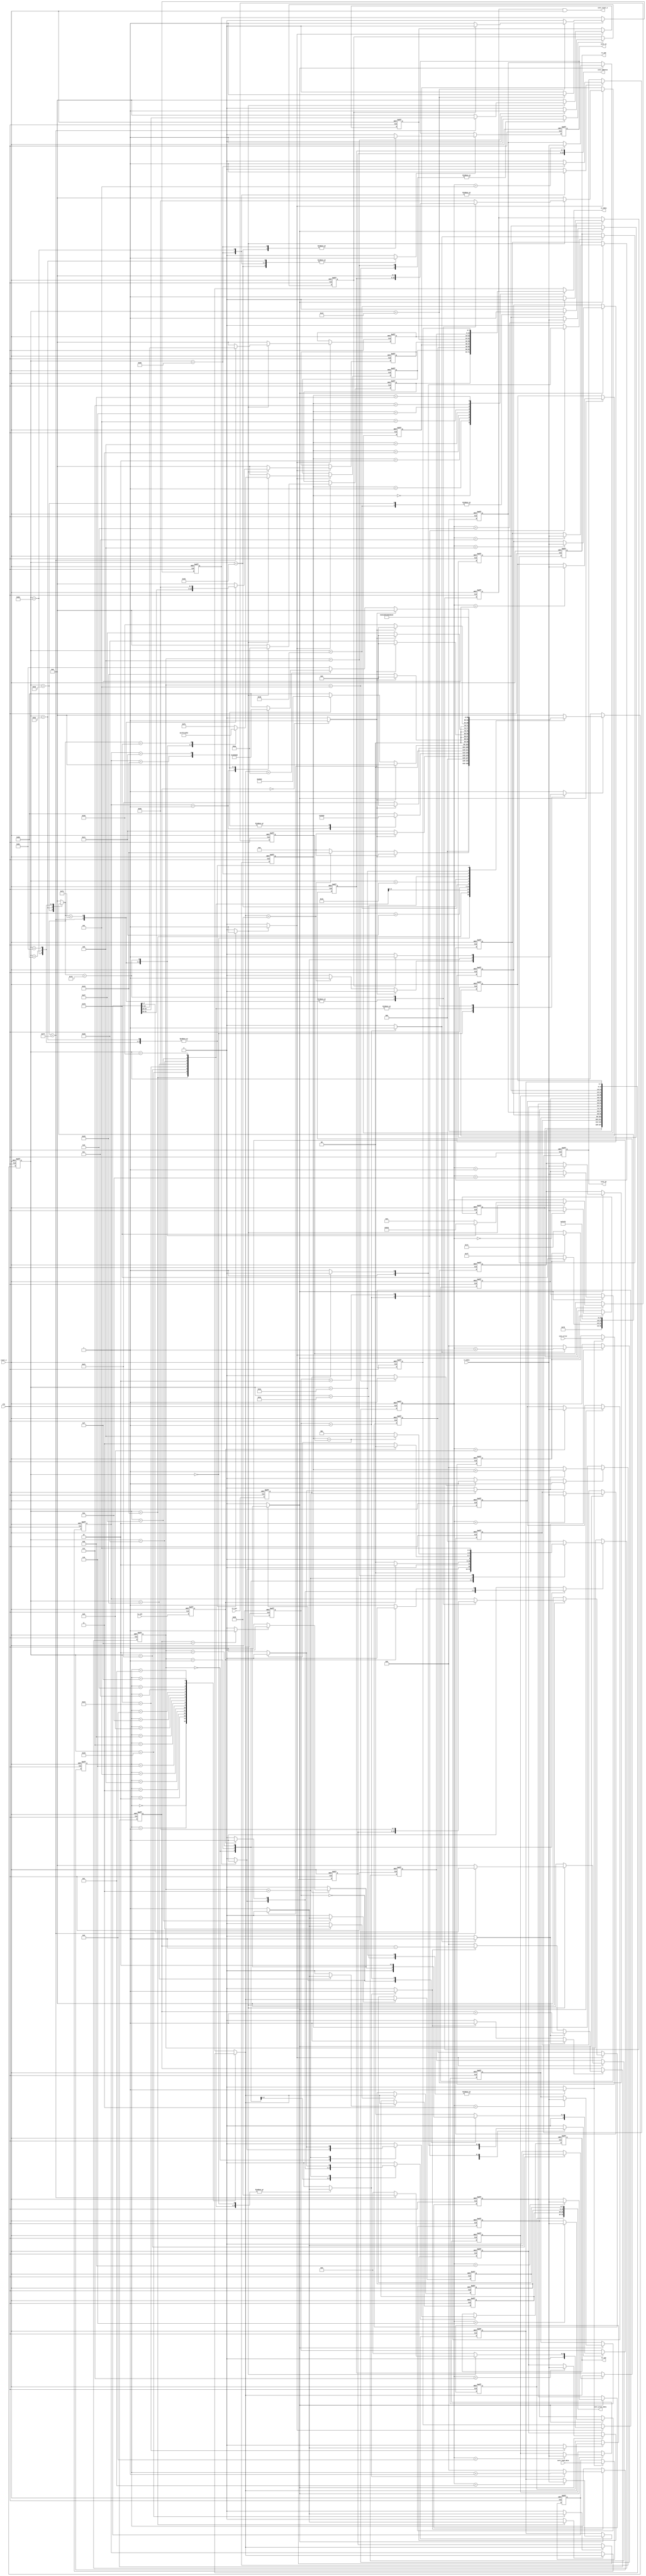
//======================================================================
//
// coretest.v
// ----------
// The Cryptech coretest testing module. Combined with an external
// interface that sends and receives bytes using a SYN-ACK
// handshake and a core to be tested, coretest can parse read
// and write commands needed to test the connected core.
//
//
// Copyright (c) 2013  Secworks Sweden AB
//
// Redistribution and use in source and binary forms, with or
// without modification, are permitted provided that the following
// conditions are met:
//
// 1. Redistributions of source code must retain the above copyright
//    notice, this list of conditions and the following disclaimer.
//
// 2. Redistributions in binary form must reproduce the above copyright
//    notice, this list of conditions and the following disclaimer in
//    the documentation and/or other materials provided with the
//    distribution.
//
// THIS SOFTWARE IS PROVIDED BY THE COPYRIGHT HOLDERS AND CONTRIBUTORS
// "AS IS" AND ANY EXPRESS OR IMPLIED WARRANTIES, INCLUDING, BUT NOT
// LIMITED TO, THE IMPLIED WARRANTIES OF MERCHANTABILITY AND FITNESS
// FOR A PARTICULAR PURPOSE ARE DISCLAIMED. IN NO EVENT SHALL THE
// COPYRIGHT OWNER OR CONTRIBUTORS BE LIABLE FOR ANY DIRECT, INDIRECT,
// INCIDENTAL, SPECIAL, EXEMPLARY, OR CONSEQUENTIAL DAMAGES (INCLUDING,
// BUT NOT LIMITED TO, PROCUREMENT OF SUBSTITUTE GOODS OR SERVICES;
// LOSS OF USE, DATA, OR PROFITS; OR BUSINESS INTERRUPTION) HOWEVER
// CAUSED AND ON ANY THEORY OF LIABILITY, WHETHER IN CONTRACT,
// STRICT LIABILITY, OR TORT (INCLUDING NEGLIGENCE OR OTHERWISE)
// ARISING IN ANY WAY OUT OF THE USE OF THIS SOFTWARE, EVEN IF
// ADVISED OF THE POSSIBILITY OF SUCH DAMAGE.
//
//======================================================================

module coretest(
                input wire           clk,
                input wire           reset_n,

                // Interface to communication core
                input wire           rx_syn,
                input wire [7 : 0]   rx_data,
                output wire          rx_ack,

                output wire          tx_syn,
                output wire [7 : 0]  tx_data,
                input wire           tx_ack,

                // Interface to the core being tested.
                output wire          core_reset_n,
                output wire          core_cs,
                output wire          core_we,
                output wire [15 : 0] core_address,
                output wire [31 : 0] core_write_data,
                input wire  [31 : 0] core_read_data,
                input wire           core_error
               );


  //----------------------------------------------------------------
  // Internal constant and parameter definitions.
  //----------------------------------------------------------------
  // Max elements in read and write buffers.
  parameter BUFFER_MAX = 4'hf;

  // Command constants.
  parameter SOC       = 8'h55;
  parameter EOC       = 8'haa;
  parameter RESET_CMD = 8'h01;
  parameter READ_CMD  = 8'h10;
  parameter WRITE_CMD = 8'h11;

  // Response constants.
  parameter SOR      = 8'haa;
  parameter EOR      = 8'h55;
  parameter UNKNOWN  = 8'hfe;
  parameter ERROR    = 8'hfd;
  parameter READ_OK  = 8'h7f;
  parameter WRITE_OK = 8'h7e;
  parameter RESET_OK = 8'h7d;

  // rx_engine states.
  parameter RX_IDLE  = 3'h0;
  parameter RX_ACK   = 3'h1;
  parameter RX_NSYN  = 3'h2;

  // tx_engine states.
  parameter TX_IDLE  = 3'h0;
  parameter TX_SYN   = 3'h1;
  parameter TX_NOACK = 3'h2;
  parameter TX_NEXT  = 3'h3;
  parameter TX_SENT  = 3'h4;
  parameter TX_DONE  = 3'h5;

  // test_engine states.
  parameter TEST_IDLE          = 8'h00;
  parameter TEST_GET_CMD       = 8'h10;
  parameter TEST_PARSE_CMD     = 8'h11;
  parameter TEST_GET_ADDR0     = 8'h20;
  parameter TEST_GET_ADDR1     = 8'h21;
  parameter TEST_GET_DATA0     = 8'h24;
  parameter TEST_GET_DATA1     = 8'h25;
  parameter TEST_GET_DATA2     = 8'h26;
  parameter TEST_GET_DATA3     = 8'h27;
  parameter TEST_GET_EOC       = 8'h28;
  parameter TEST_RST_START     = 8'h30;
  parameter TEST_RST_WAIT      = 8'h31;
  parameter TEST_RST_END       = 8'h32;
  parameter TEST_RD_START      = 8'h50;
  parameter TEST_RD_WAIT       = 8'h51;
  parameter TEST_RD_END        = 8'h52;
  parameter TEST_WR_START      = 8'h60;
  parameter TEST_WR_WAIT       = 8'h61;
  parameter TEST_WR_END        = 8'h62;
  parameter TEST_CMD_UNKNOWN   = 8'h80;
  parameter TEST_CMD_ERROR     = 8'h81;
  parameter TEST_SEND_RESPONSE = 8'hc0;


  //----------------------------------------------------------------
  // Registers including update variables and write enable.
  //----------------------------------------------------------------
  reg          rx_syn_reg;

  reg          rx_ack_reg;
  reg          rx_ack_new;
  reg          rx_ack_we;

  reg          tx_syn_reg;
  reg          tx_syn_new;
  reg          tx_syn_we;

  reg          tx_ack_reg;

  reg          core_reset_n_reg;
  reg          core_reset_n_new;
  reg          core_reset_n_we;

  reg          core_cs_reg;
  reg          core_cs_new;
  reg          core_cs_we;

  reg          core_we_reg;
  reg          core_we_new;
  reg          core_we_we;

  reg          send_response_reg;
  reg          send_response_new;
  reg          send_response_we;

  reg          response_sent_reg;
  reg          response_sent_new;
  reg          response_sent_we;

  reg [7 : 0]  cmd_reg;
  reg          cmd_we;

  reg [7 : 0]  core_addr_byte0_reg;
  reg          core_addr_byte0_we;
  reg [7 : 0]  core_addr_byte1_reg;
  reg          core_addr_byte1_we;

  reg [7 : 0]  core_wr_data_byte0_reg;
  reg          core_wr_data_byte0_we;
  reg [7 : 0]  core_wr_data_byte1_reg;
  reg          core_wr_data_byte1_we;
  reg [7 : 0]  core_wr_data_byte2_reg;
  reg          core_wr_data_byte2_we;
  reg [7 : 0]  core_wr_data_byte3_reg;
  reg          core_wr_data_byte3_we;

  reg [31 : 0] core_read_data_reg;
  reg          core_error_reg;
  reg          sample_core_output;

  reg [3 : 0]  rx_buffer_rd_ptr_reg;
  reg [3 : 0]  rx_buffer_rd_ptr_new;
  reg          rx_buffer_rd_ptr_we;
  reg          rx_buffer_rd_ptr_inc;

  reg [3 : 0]  rx_buffer_wr_ptr_reg;
  reg [3 : 0]  rx_buffer_wr_ptr_new;
  reg          rx_buffer_wr_ptr_we;
  reg          rx_buffer_wr_ptr_inc;

  reg [3 : 0]  rx_buffer_ctr_reg;
  reg [3 : 0]  rx_buffer_ctr_new;
  reg          rx_buffer_ctr_we;
  reg          rx_buffer_ctr_inc;
  reg          rx_buffer_ctr_dec;
  reg          rx_buffer_full;
  reg          rx_buffer_empty;

  reg [7 : 0]  rx_buffer [0 : 15];
  reg          rx_buffer_we;

  reg [3 : 0]  tx_buffer_ptr_reg;
  reg [3 : 0]  tx_buffer_ptr_new;
  reg          tx_buffer_ptr_we;
  reg          tx_buffer_ptr_inc;
  reg          tx_buffer_ptr_rst;

  reg [7 : 0]  tx_buffer [0 : 8];
  reg          tx_buffer_we;

  reg [3 : 0]  tx_msg_len_reg;
  reg [3 : 0]  tx_msg_len_new;
  reg          tx_msg_len_we;

  reg [2 : 0]  rx_engine_reg;
  reg [2 : 0]  rx_engine_new;
  reg          rx_engine_we;

  reg [2 : 0]  tx_engine_reg;
  reg [2 : 0]  tx_engine_new;
  reg          tx_engine_we;

  reg [7 : 0]  test_engine_reg;
  reg [7 : 0]  test_engine_new;
  reg          test_engine_we;


  //----------------------------------------------------------------
  // Wires.
  //----------------------------------------------------------------
  reg [7 : 0] tx_buffer_muxed0;
  reg [7 : 0] tx_buffer_muxed1;
  reg [7 : 0] tx_buffer_muxed2;
  reg [7 : 0] tx_buffer_muxed3;
  reg [7 : 0] tx_buffer_muxed4;
  reg [7 : 0] tx_buffer_muxed5;
  reg [7 : 0] tx_buffer_muxed6;
  reg [7 : 0] tx_buffer_muxed7;
  reg [7 : 0] tx_buffer_muxed8;

  reg         update_tx_buffer;
  reg [7 : 0] response_type;

  reg [7 : 0] rx_byte;


  //----------------------------------------------------------------
  // Concurrent connectivity for ports etc.
  //----------------------------------------------------------------
  assign rx_ack          = rx_ack_reg;

  assign tx_syn          = tx_syn_reg;
  assign tx_data         = tx_buffer[tx_buffer_ptr_reg];

  assign core_reset_n    = core_reset_n_reg & reset_n;
  assign core_cs         = core_cs_reg;
  assign core_we         = core_we_reg;
  assign core_address    = {core_addr_byte0_reg, core_addr_byte1_reg};
  assign core_write_data = {core_wr_data_byte0_reg, core_wr_data_byte1_reg,
                            core_wr_data_byte2_reg, core_wr_data_byte3_reg};


  //----------------------------------------------------------------
  // reg_update
  // Update functionality for all registers in the core.
  // All registers are positive edge triggered with
  // asynchronous active low reset.
  //----------------------------------------------------------------
  always @ (posedge clk or negedge reset_n)
    begin: reg_update
      if (!reset_n)
        begin
          rx_buffer[0]           <= 8'h00;
          rx_buffer[1]           <= 8'h00;
          rx_buffer[2]           <= 8'h00;
          rx_buffer[3]           <= 8'h00;
          rx_buffer[4]           <= 8'h00;
          rx_buffer[5]           <= 8'h00;
          rx_buffer[6]           <= 8'h00;
          rx_buffer[7]           <= 8'h00;
          rx_buffer[8]           <= 8'h00;
          rx_buffer[9]           <= 8'h00;
          rx_buffer[10]          <= 8'h00;
          rx_buffer[11]          <= 8'h00;
          rx_buffer[12]          <= 8'h00;
          rx_buffer[13]          <= 8'h00;
          rx_buffer[14]          <= 8'h00;
          rx_buffer[15]          <= 8'h00;

          tx_buffer[0]           <= 8'h00;
          tx_buffer[1]           <= 8'h00;
          tx_buffer[2]           <= 8'h00;
          tx_buffer[3]           <= 8'h00;
          tx_buffer[4]           <= 8'h00;
          tx_buffer[5]           <= 8'h00;
          tx_buffer[6]           <= 8'h00;
          tx_buffer[7]           <= 8'h00;
          tx_buffer[8]           <= 8'h00;

          rx_syn_reg             <= 0;
          rx_ack_reg             <= 0;
          tx_ack_reg             <= 0;
          tx_syn_reg             <= 0;

          rx_buffer_rd_ptr_reg   <= 4'h0;
          rx_buffer_wr_ptr_reg   <= 4'h0;
          rx_buffer_ctr_reg      <= 4'h0;

          tx_buffer_ptr_reg      <= 4'h0;
          tx_msg_len_reg         <= 4'h0;

          send_response_reg      <= 0;
          response_sent_reg      <= 0;

          cmd_reg                <= 8'h00;
          core_addr_byte0_reg    <= 8'h00;
          core_addr_byte1_reg    <= 8'h00;
          core_wr_data_byte0_reg <= 8'h00;
          core_wr_data_byte1_reg <= 8'h00;
          core_wr_data_byte2_reg <= 8'h00;
          core_wr_data_byte3_reg <= 8'h00;

          core_reset_n_reg       <= 1;
          core_cs_reg            <= 0;
          core_we_reg            <= 0;
          core_error_reg         <= 0;
          core_read_data_reg     <= 32'h00000000;

          rx_engine_reg          <= RX_IDLE;
          tx_engine_reg          <= TX_IDLE;
          test_engine_reg        <= TEST_IDLE;
        end
      else
        begin
          rx_syn_reg <= rx_syn;
          tx_ack_reg <= tx_ack;

          if (rx_ack_we)
            begin
              rx_ack_reg <= rx_ack_new;
            end

          if (tx_syn_we)
            begin
              tx_syn_reg <= tx_syn_new;
            end

          if (rx_buffer_we)
            begin
              rx_buffer[rx_buffer_wr_ptr_reg] <= rx_data;
            end

          if (tx_buffer_we)
            begin
              tx_buffer[0] <= tx_buffer_muxed0;
              tx_buffer[1] <= tx_buffer_muxed1;
              tx_buffer[2] <= tx_buffer_muxed2;
              tx_buffer[3] <= tx_buffer_muxed3;
              tx_buffer[4] <= tx_buffer_muxed4;
              tx_buffer[5] <= tx_buffer_muxed5;
              tx_buffer[6] <= tx_buffer_muxed6;
              tx_buffer[7] <= tx_buffer_muxed7;
              tx_buffer[8] <= tx_buffer_muxed8;
            end

          if (cmd_we)
            begin
              cmd_reg <= rx_byte;
            end

          if (core_addr_byte0_we)
            begin
              core_addr_byte0_reg <= rx_byte;
            end

          if (core_addr_byte1_we)
            begin
              core_addr_byte1_reg <= rx_byte;
            end

          if (core_wr_data_byte0_we)
            begin
              core_wr_data_byte0_reg <= rx_byte;
            end

          if (core_wr_data_byte1_we)
            begin
              core_wr_data_byte1_reg <= rx_byte;
            end

          if (core_wr_data_byte2_we)
            begin
              core_wr_data_byte2_reg <= rx_byte;
            end

          if (core_wr_data_byte3_we)
            begin
              core_wr_data_byte3_reg <= rx_byte;
            end

          if (rx_buffer_rd_ptr_we)
            begin
              rx_buffer_rd_ptr_reg <= rx_buffer_rd_ptr_new;
            end

          if (rx_buffer_wr_ptr_we)
            begin
              rx_buffer_wr_ptr_reg <= rx_buffer_wr_ptr_new;
            end

          if (rx_buffer_ctr_we)
            begin
              rx_buffer_ctr_reg <= rx_buffer_ctr_new;
            end

          if (tx_buffer_ptr_we)
            begin
              tx_buffer_ptr_reg <= tx_buffer_ptr_new;
            end

          if (tx_msg_len_we)
            begin
              tx_msg_len_reg <= tx_msg_len_new;
            end

          if (core_reset_n_we)
            begin
              core_reset_n_reg <= core_reset_n_new;
            end

          if (core_cs_we)
            begin
              core_cs_reg <= core_cs_new;
            end

          if (core_we_we)
            begin
              core_we_reg <= core_we_new;
            end

          if (send_response_we)
            begin
              send_response_reg <= send_response_new;
            end

          if (response_sent_we)
            begin
              response_sent_reg <= response_sent_new;
            end

          if (sample_core_output)
            begin
              core_error_reg     <= core_error;
              core_read_data_reg <= core_read_data;
            end

          if (rx_engine_we)
            begin
              rx_engine_reg <= rx_engine_new;
            end

          if (tx_engine_we)
            begin
              tx_engine_reg <= tx_engine_new;
            end

          if (test_engine_we)
            begin
              test_engine_reg <= test_engine_new;
            end
        end
    end // reg_update


  //---------------------------------------------------------------
  // read_rx_buffer
  // Combinatinal read mux for the rx_buffer.
  //---------------------------------------------------------------
  always @*
    begin : read_rx_buffer
      rx_byte = rx_buffer[rx_buffer_rd_ptr_reg];
    end // read_rx_buffer


  //---------------------------------------------------------------
  // tx_buffer_logic
  //
  // Update logic for the tx-buffer. Given the response type and
  // the correct contents of the tx_buffer is assembled when
  // and update is signalled by the test engine.
  //---------------------------------------------------------------
  always @*
    begin: tx_buffer_logic
      // Defafult assignments
      tx_buffer_muxed0 = 8'h00;
      tx_buffer_muxed1 = 8'h00;
      tx_buffer_muxed2 = 8'h00;
      tx_buffer_muxed3 = 8'h00;
      tx_buffer_muxed4 = 8'h00;
      tx_buffer_muxed5 = 8'h00;
      tx_buffer_muxed6 = 8'h00;
      tx_buffer_muxed7 = 8'h00;
      tx_buffer_muxed8 = 8'h00;
      tx_msg_len_new   = 4'h0;
      tx_msg_len_we    = 0;
      tx_buffer_we     = 0;

      if (update_tx_buffer)
        begin
          tx_buffer_we = 1;
          tx_buffer_muxed0 = SOR;

          case (response_type)
            READ_OK:
              begin
                tx_buffer_muxed1 = READ_OK;
                tx_buffer_muxed2 = core_addr_byte0_reg;
                tx_buffer_muxed3 = core_addr_byte1_reg;
                tx_buffer_muxed4 = core_read_data_reg[31 : 24];
                tx_buffer_muxed5 = core_read_data_reg[23 : 16];
                tx_buffer_muxed6 = core_read_data_reg[15 :  8];
                tx_buffer_muxed7 = core_read_data_reg[7  :  0];
                tx_buffer_muxed8 = EOR;
                tx_msg_len_new   = 4'h8;
                tx_msg_len_we    = 1;
              end

            WRITE_OK:
              begin
                tx_buffer_muxed1 = WRITE_OK;
                tx_buffer_muxed2 = core_addr_byte0_reg;
                tx_buffer_muxed3 = core_addr_byte1_reg;
                tx_buffer_muxed4 = EOR;
                tx_msg_len_new   = 4'h4;
                tx_msg_len_we    = 1;
              end

            RESET_OK:
              begin
                tx_buffer_muxed1 = RESET_OK;
                tx_buffer_muxed2 = EOR;
                tx_msg_len_new   = 4'h2;
                tx_msg_len_we    = 1;
              end

            ERROR:
              begin
                tx_buffer_muxed1 = ERROR;
                tx_buffer_muxed2 = cmd_reg;
                tx_buffer_muxed3 = EOR;
                tx_msg_len_new   = 4'h3;
                tx_msg_len_we    = 1;
              end

            default:
              begin
                // Any response type not explicitly defined is treated as UNKNOWN.
                tx_buffer_muxed1 = UNKNOWN;
                tx_buffer_muxed2 = cmd_reg;
                tx_buffer_muxed3 = EOR;
                tx_msg_len_new   = 4'h3;
                tx_msg_len_we    = 1;
              end
          endcase // case (response_type)
        end
    end // tx_buffer_logic


  //----------------------------------------------------------------
  // rx_buffer_rd_ptr
  //
  // Logic for the rx buffer read pointer.
  //----------------------------------------------------------------
  always @*
    begin: rx_buffer_rd_ptr
      // Default assignments
      rx_buffer_rd_ptr_new = 4'h0;
      rx_buffer_rd_ptr_we  = 1'b0;
      rx_buffer_ctr_dec    = 0;

      if (rx_buffer_rd_ptr_inc)
        begin
          rx_buffer_ctr_dec    = 1;
          rx_buffer_rd_ptr_new = rx_buffer_rd_ptr_reg + 1'b1;
          rx_buffer_rd_ptr_we  = 1'b1;
        end
    end // rx_buffer_rd_ptr


  //----------------------------------------------------------------
  // rx_buffer_wr_ptr
  //
  // Logic for the rx buffer write pointer.
  //----------------------------------------------------------------
  always @*
    begin: rx_buffer_wr_ptr
      // Default assignments
      rx_buffer_wr_ptr_new = 4'h0;
      rx_buffer_wr_ptr_we  = 1'b0;
      rx_buffer_ctr_inc    = 0;

      if (rx_buffer_wr_ptr_inc)
        begin
          rx_buffer_ctr_inc    = 1;
          rx_buffer_wr_ptr_new = rx_buffer_wr_ptr_reg + 1'b1;
          rx_buffer_wr_ptr_we  = 1'b1;
        end
    end // rx_buffer_wr_ptr


  //----------------------------------------------------------------
  // rx_buffer_ctr
  //
  // Logic for the rx buffer element counter.
  //----------------------------------------------------------------
  always @*
    begin: rx_buffer_ctr
      // Default assignments
      rx_buffer_ctr_new = 4'h0;
      rx_buffer_ctr_we  = 1'b0;
      rx_buffer_empty   = 1'b0;
      rx_buffer_full    = 1'b0;

      if (rx_buffer_ctr_inc)
        begin
          rx_buffer_ctr_new = rx_buffer_ctr_reg + 1'b1;
          rx_buffer_ctr_we  = 1'b1;
        end
      else if (rx_buffer_ctr_dec)
        begin
          rx_buffer_ctr_new = rx_buffer_ctr_reg - 1'b1;
          rx_buffer_ctr_we  = 1'b1;
        end

      if (rx_buffer_ctr_reg == 4'h0)
        begin
          rx_buffer_empty = 1'b1;
        end

      if (rx_buffer_ctr_reg == BUFFER_MAX)
        begin
          rx_buffer_full = 1'b1;
        end
    end // rx_buffer_ctr


  //----------------------------------------------------------------
  // tx_buffer_ptr
  //
  // Logic for the tx buffer pointer. Supports reset and
  // incremental updates.
  //----------------------------------------------------------------
  always @*
    begin: tx_buffer_ptr
      // Default assignments
      tx_buffer_ptr_new = 4'h0;
      tx_buffer_ptr_we  = 1'b0;

      if (tx_buffer_ptr_inc)
        begin
          tx_buffer_ptr_new = tx_buffer_ptr_reg + 1'b1;
          tx_buffer_ptr_we  = 1'b1;
        end

      else if (tx_buffer_ptr_rst)
        begin
          tx_buffer_ptr_new = 4'h0;
          tx_buffer_ptr_we  = 1'b1;
        end
    end // tx_buffer_ptr


  //----------------------------------------------------------------
  // rx_engine
  //
  // FSM responsible for handling receiving message bytes from the
  // host interface and storing them in the receive buffer.
  //----------------------------------------------------------------
  always @*
    begin: rx_engine
      // Default assignments
      rx_ack_new           = 1'b0;
      rx_ack_we            = 1'b0;
      rx_buffer_we         = 1'b0;
      rx_buffer_wr_ptr_inc = 1'b0;
      rx_engine_new        = RX_IDLE;
      rx_engine_we         = 1'b0;

      case (rx_engine_reg)
        RX_IDLE:
          begin
            if (rx_syn_reg)
              begin
                if (!rx_buffer_full)
                  begin
                    rx_buffer_we  = 1'b1;
                    rx_engine_new = RX_ACK;
                    rx_engine_we  = 1'b1;
                  end
              end
          end

        RX_ACK:
          begin
            rx_ack_new           = 1'b1;
            rx_ack_we            = 1'b1;
            rx_buffer_wr_ptr_inc = 1'b1;
            rx_engine_new        = RX_NSYN;
            rx_engine_we         = 1'b1;
          end

        RX_NSYN:
          begin
            if (!rx_syn_reg)
              begin
                rx_ack_new    = 1'b0;
                rx_ack_we     = 1'b1;
                rx_engine_new = RX_IDLE;
                rx_engine_we  = 1;
              end
          end

        default:
          begin

          end
      endcase // case (rx_engine_reg)
    end // rx_engine


  //----------------------------------------------------------------
  // tx_engine
  //
  // FSM responsible for handling transmitting message bytes
  // to the host interface.
  //----------------------------------------------------------------
  always @*
    begin: tx_engine
      // Default assignments
      tx_buffer_ptr_inc = 0;
      tx_buffer_ptr_rst = 0;
      response_sent_new = 0;
      response_sent_we  = 0;
      tx_syn_new        = 0;
      tx_syn_we         = 0;

      tx_engine_new     = TX_IDLE;
      tx_engine_we      = 0;

      case (tx_engine_reg)
        TX_IDLE:
          begin
            if (send_response_reg)
              begin
                tx_syn_new    = 1;
                tx_syn_we     = 1;
                tx_engine_new = TX_SYN;
                tx_engine_we  = 1;
              end
          end

        TX_SYN:
          begin
            if (tx_ack_reg)
              begin
                tx_syn_new    = 0;
                tx_syn_we     = 1;
                tx_engine_new = TX_NOACK;
                tx_engine_we  = 1;
              end
          end

        TX_NOACK:
          begin
            if (!tx_ack_reg)
              begin
                tx_engine_new = TX_NEXT;
                tx_engine_we  = 1;
              end
          end

        TX_NEXT:
          begin
            if (tx_buffer_ptr_reg == tx_msg_len_reg)
              begin
                tx_engine_new = TX_SENT;
                tx_engine_we  = 1;
              end
            else
              begin
                tx_buffer_ptr_inc = 1;
                tx_syn_new        = 1;
                tx_syn_we         = 1;
                tx_engine_new     = TX_SYN;
                tx_engine_we      = 1;
              end
          end

        TX_SENT:
          begin
            response_sent_new = 1;
            response_sent_we  = 1;
            tx_engine_new     = TX_DONE;
            tx_engine_we      = 1;
          end

        TX_DONE:
          begin
            response_sent_new = 0;
            response_sent_we  = 1;
            tx_buffer_ptr_rst = 1;
            tx_engine_new     = TX_IDLE;
            tx_engine_we      = 1;
          end

        default:
          begin
            tx_engine_new = TX_IDLE;
            tx_engine_we  = 1;
          end
      endcase // case (tx_engine_reg)
    end // tx_engine


  //----------------------------------------------------------------
  // test_engine
  //
  // Test engine FSM logic. Parses received commands, tries to
  // execute the commands and assmbles the response to the
  // given commands.
  //----------------------------------------------------------------
  always @*
    begin: test_engine
      // Default assignments.
      core_reset_n_new      = 1;
      core_reset_n_we       = 0;
      core_cs_new           = 0;
      core_cs_we            = 0;
      core_we_new           = 0;
      core_we_we            = 0;
      sample_core_output    = 0;
      update_tx_buffer      = 0;
      response_type         = 8'h00;
      rx_buffer_rd_ptr_inc  = 0;
      cmd_we                = 0;
      core_addr_byte0_we    = 0;
      core_addr_byte1_we    = 0;
      core_wr_data_byte0_we = 0;
      core_wr_data_byte1_we = 0;
      core_wr_data_byte2_we = 0;
      core_wr_data_byte3_we = 0;
      send_response_new     = 0;
      send_response_we      = 0;
      test_engine_new       = TEST_IDLE;
      test_engine_we        = 0;


      case (test_engine_reg)
        TEST_IDLE:
          begin
            if (!rx_buffer_empty)
              begin
                rx_buffer_rd_ptr_inc = 1;
                if (rx_byte == SOC)
                  begin
                    test_engine_new = TEST_GET_CMD;
                    test_engine_we  = 1;
                  end
              end
          end

        TEST_GET_CMD:
          begin
            if (!rx_buffer_empty)
              begin
                rx_buffer_rd_ptr_inc = 1;
                cmd_we               = 1;
                test_engine_new      = TEST_PARSE_CMD;
                test_engine_we       = 1;
              end
          end

        TEST_PARSE_CMD:
          begin
            case (cmd_reg)
              RESET_CMD:
                begin
                  test_engine_new = TEST_GET_EOC;
                  test_engine_we  = 1;
                end

              READ_CMD:
                begin
                  test_engine_new = TEST_GET_ADDR0;
                  test_engine_we  = 1;
                end

              WRITE_CMD:
                begin
                  test_engine_new = TEST_GET_ADDR0;
                  test_engine_we  = 1;
                end

              default:
                begin
                  test_engine_new = TEST_CMD_UNKNOWN;
                  test_engine_we  = 1;
                end
            endcase // case (cmd_reg)
          end


        TEST_GET_ADDR0:
          begin
            if (!rx_buffer_empty)
              begin
                rx_buffer_rd_ptr_inc = 1;
                core_addr_byte0_we   = 1;
                test_engine_new      = TEST_GET_ADDR1;
                test_engine_we       = 1;
              end
          end


        TEST_GET_ADDR1:
          begin
            if (!rx_buffer_empty)
              begin
                rx_buffer_rd_ptr_inc = 1;
                core_addr_byte1_we   = 1;

                case (cmd_reg)
                  READ_CMD:
                    begin
                      test_engine_new = TEST_GET_EOC;
                      test_engine_we  = 1;
                    end

                  WRITE_CMD:
                    begin
                      test_engine_new = TEST_GET_DATA0;
                      test_engine_we  = 1;
                    end

                  default:
                    begin
                      test_engine_new = TEST_CMD_UNKNOWN;
                      test_engine_we  = 1;
                    end
                endcase // case (cmd_reg)
              end
          end


        TEST_GET_DATA0:
          begin
            if (!rx_buffer_empty)
              begin
                rx_buffer_rd_ptr_inc  = 1;
                core_wr_data_byte0_we = 1;
                test_engine_new       = TEST_GET_DATA1;
                test_engine_we        = 1;
              end
          end


        TEST_GET_DATA1:
          begin
            if (!rx_buffer_empty)
              begin
                rx_buffer_rd_ptr_inc  = 1;
                core_wr_data_byte1_we = 1;
                test_engine_new       = TEST_GET_DATA2;
                test_engine_we        = 1;
              end
          end


        TEST_GET_DATA2:
          begin
            if (!rx_buffer_empty)
              begin
                rx_buffer_rd_ptr_inc  = 1;
                core_wr_data_byte2_we = 1;
                test_engine_new       = TEST_GET_DATA3;
                test_engine_we        = 1;
              end
          end


        TEST_GET_DATA3:
          begin
            if (!rx_buffer_empty)
              begin
                rx_buffer_rd_ptr_inc  = 1;
                core_wr_data_byte3_we = 1;
                test_engine_new       = TEST_GET_EOC;
                test_engine_we        = 1;
              end
          end


        TEST_GET_EOC:
          begin
            if (!rx_buffer_empty)
              begin
                rx_buffer_rd_ptr_inc = 1;
                if (rx_byte == EOC)
                  begin
                    case (cmd_reg)
                      RESET_CMD:
                        begin
                          test_engine_new = TEST_RST_START;
                          test_engine_we  = 1;
                        end

                      READ_CMD:
                        begin
                          test_engine_new = TEST_RD_START;
                          test_engine_we  = 1;
                        end

                      WRITE_CMD:
                        begin
                          test_engine_new = TEST_WR_START;
                          test_engine_we  = 1;
                        end

                      default:
                        begin
                          test_engine_new = TEST_CMD_UNKNOWN;
                          test_engine_we  = 1;
                        end
                    endcase // case (cmd_reg)
                  end
                else
                  begin
                    test_engine_new  = TEST_CMD_ERROR;
                    test_engine_we   = 1;
                  end
              end
          end


        TEST_RST_START:
          begin
            core_reset_n_new = 0;
            core_reset_n_we  = 1;
            test_engine_new  = TEST_RST_WAIT;
            test_engine_we   = 1;
          end


        TEST_RST_WAIT:
          begin
            test_engine_new = TEST_RST_END;
            test_engine_we  = 1;
          end


        TEST_RST_END:
          begin
            core_reset_n_new = 1;
            core_reset_n_we  = 1;
            update_tx_buffer = 1;
            response_type    = RESET_OK;
            test_engine_new  = TEST_SEND_RESPONSE;
            test_engine_we   = 1;
          end


        TEST_RD_START:
          begin
            core_cs_new     = 1;
            core_cs_we      = 1;
            test_engine_new = TEST_RD_WAIT;
            test_engine_we  = 1;
          end


        TEST_RD_WAIT:
          begin
            sample_core_output = 1;
            test_engine_new    = TEST_RD_END;
            test_engine_we     = 1;
          end


        TEST_RD_END:
          begin
            core_cs_new        = 0;
            core_cs_we         = 1;
            sample_core_output = 0;

            if (core_error_reg)
              begin
                update_tx_buffer = 1;
                response_type    = ERROR;
              end
            else
              begin
                update_tx_buffer = 1;
                response_type    = READ_OK;
              end

            test_engine_new = TEST_SEND_RESPONSE;
            test_engine_we  = 1;
          end


        TEST_WR_START:
          begin
            core_cs_new = 1;
            core_cs_we  = 1;
            core_we_new = 1;
            core_we_we  = 1;

            test_engine_new = TEST_WR_WAIT;
            test_engine_we  = 1;
          end


        TEST_WR_WAIT:
          begin
            sample_core_output = 1;
            test_engine_new  = TEST_WR_END;
            test_engine_we   = 1;
          end


        TEST_WR_END:
          begin
            core_cs_new        = 0;
            core_cs_we         = 1;
            core_we_new        = 0;
            core_we_we         = 1;
            sample_core_output = 0;

            if (core_error_reg)
              begin
                update_tx_buffer = 1;
                response_type    = ERROR;
              end
            else
              begin
                update_tx_buffer = 1;
                response_type    = WRITE_OK;
              end

            test_engine_new  = TEST_SEND_RESPONSE;
            test_engine_we   = 1;
          end


        TEST_CMD_UNKNOWN:
          begin
            update_tx_buffer = 1;
            response_type    = UNKNOWN;
            test_engine_new  = TEST_SEND_RESPONSE;
            test_engine_we   = 1;
          end


        TEST_CMD_ERROR:
          begin
            update_tx_buffer = 1;
            response_type    = ERROR;
            test_engine_new  = TEST_SEND_RESPONSE;
            test_engine_we   = 1;
          end


        TEST_SEND_RESPONSE:
          begin
            send_response_new = 1;
            send_response_we  = 1;
            if (response_sent_reg)
              begin
                send_response_new = 0;
                send_response_we  = 1;
                test_engine_new   = TEST_IDLE;
                test_engine_we    = 1;
              end
          end


        default:
          begin
            // If we encounter an unknown state we move
            // back to idle.
            test_engine_new = TEST_IDLE;
            test_engine_we  = 1;
          end
      endcase // case (test_engine_reg)
    end // test_engine

endmodule // coretest

//======================================================================
// EOF coretest.v
//======================================================================